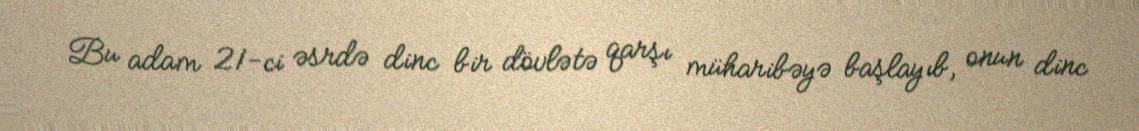
Bu adam 21-ci əsrdə dinc bir dövlətə qarşı müharibəyə başlayıb, onun dinc